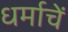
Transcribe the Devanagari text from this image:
धर्माचें